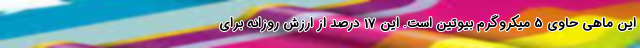
این ماهی حاوی 5 میکروگرم بیوتین است. این 17 درصد از ارزش روزانه برای